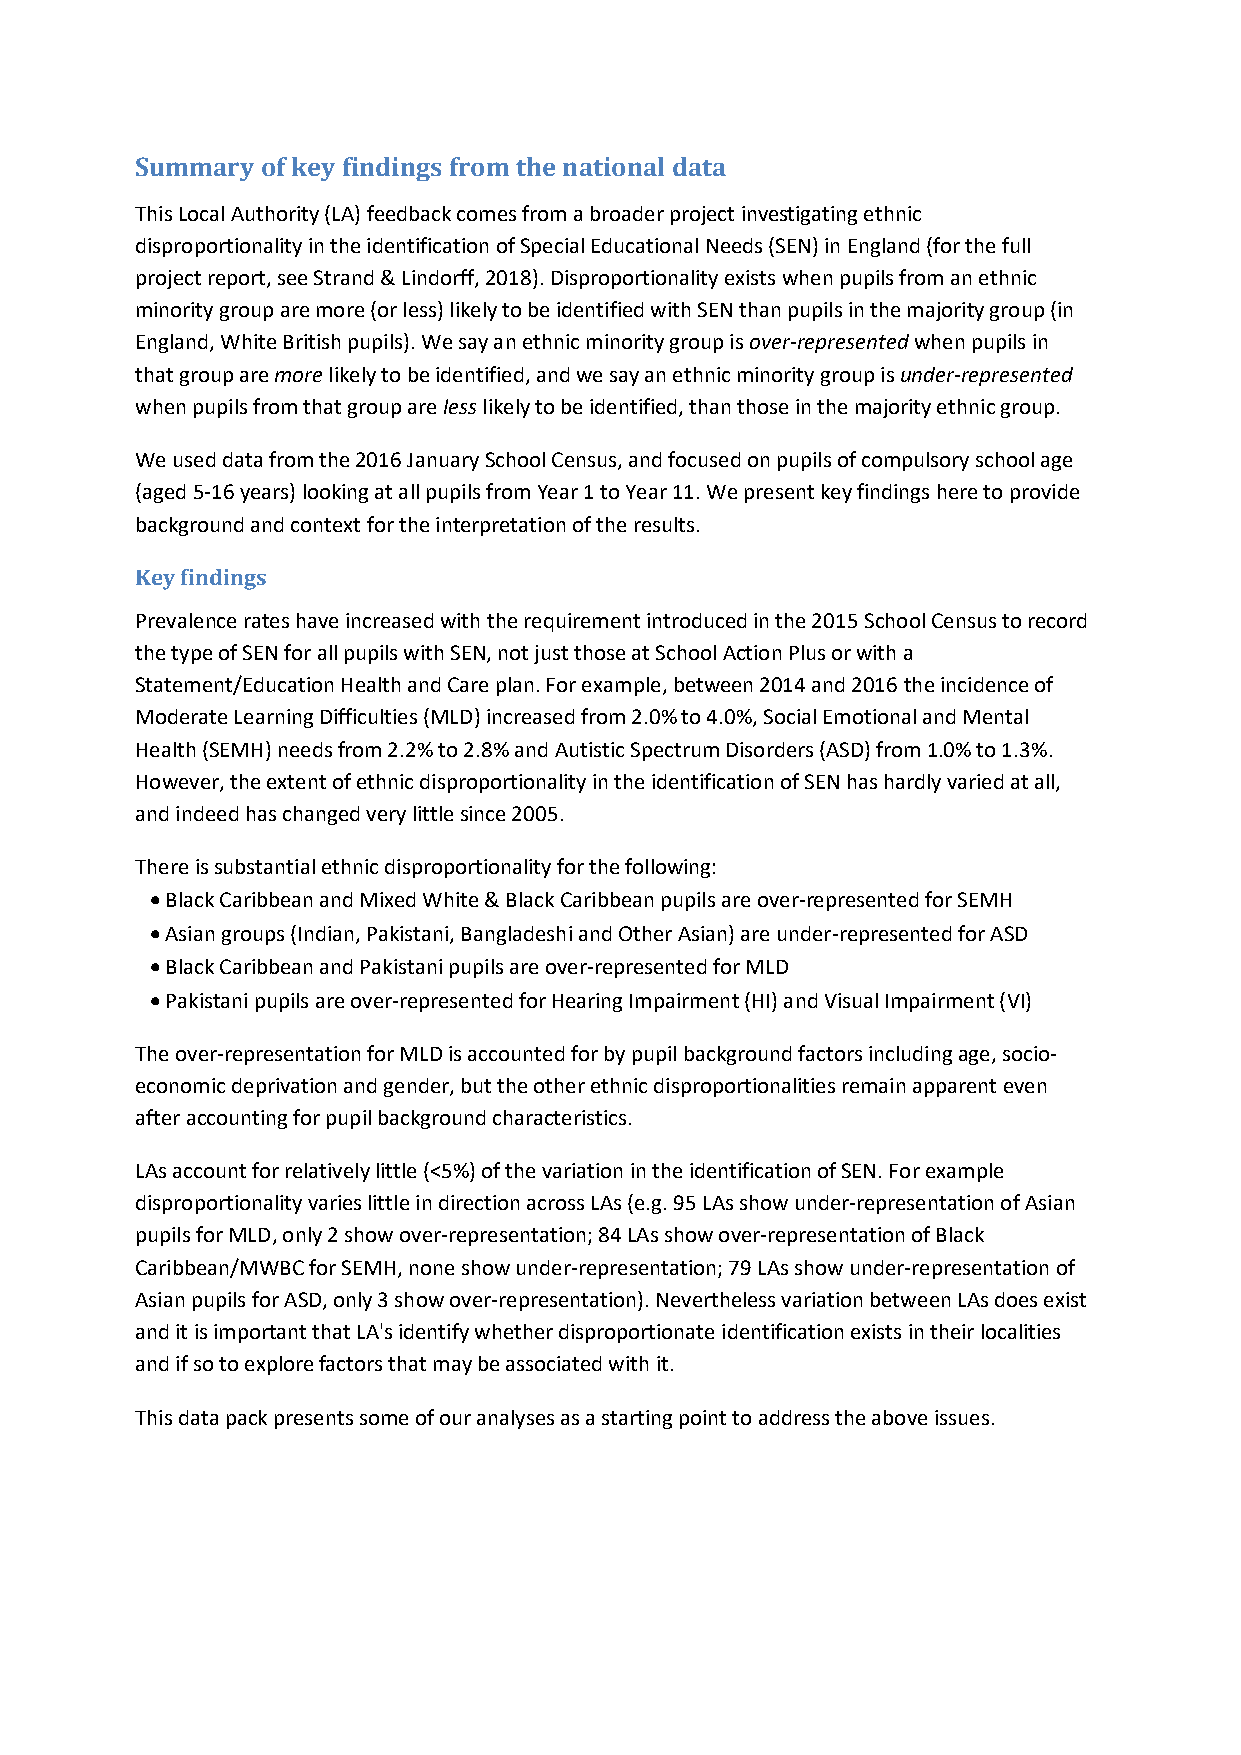
Summary of key findings from the national data
 This Local Authority (LA) feedback comes from a broader project investigating ethnic
 disproportionality in the identification of Special Educational Needs (SEN) in England (for the full
 project report, see Strand & Lindorff, 2018). Disproportionality exists when pupils from an ethnic
 minority group are more (or less) likely to be identified with SEN than pupils in the majority group (in
 England, White British pupils). We say an ethnic minority group is over-represented when pupils in
 that group are more likely to be identified, and we say an ethnic minority group is under-represented
 when pupils from that group are less likely to be identified, than those in the majority ethnic group.
 We used data from the 2016 January School Census, and focused on pupils of compulsory school age
 (aged 5-16 years) looking at all pupils from Year 1 to Year 11. We present key findings here to provide
 background and context for the interpretation of the results.
 Key findings
 Prevalence rates have increased with the requirement introduced in the 2015 School Census to record
 the type of SEN for all pupils with SEN, not just those at School Action Plus or with a
 Statement/Education Health and Care plan. For example, between 2014 and 2016 the incidence of
 Moderate Learning Difficulties (MLD) increased from 2.0% to 4.0%, Social Emotional and Mental
 Health (SEMH) needs from 2.2% to 2.8% and Autistic Spectrum Disorders (ASD) from 1.0% to 1.3%.
 However, the extent of ethnic disproportionality in the identification of SEN has hardly varied at all,
 and indeed has changed very little since 2005.
 There is substantial ethnic disproportionality for the following:
  Black Caribbean and Mixed White & Black Caribbean pupils are over-represented for SEMH
  Asian groups (Indian, Pakistani, Bangladeshi and Other Asian) are under-represented for ASD
  Black Caribbean and Pakistani pupils are over-represented for MLD
  Pakistani pupils are over-represented for Hearing Impairment (HI) and Visual Impairment (VI)
 The over-representation for MLD is accounted for by pupil background factors including age, socio-
 economic deprivation and gender, but the other ethnic disproportionalities remain apparent even
 after accounting for pupil background characteristics.
 LAs account for relatively little (<5%) of the variation in the identification of SEN. For example
 disproportionality varies little in direction across LAs (e.g. 95 LAs show under-representation of Asian
 pupils for MLD, only 2 show over-representation; 84 LAs show over-representation of Black
 Caribbean/MWBC for SEMH, none show under-representation; 79 LAs show under-representation of
 Asian pupils for ASD, only 3 show over-representation). Nevertheless variation between LAs does exist
 and it is important that LA's identify whether disproportionate identification exists in their localities
 and if so to explore factors that may be associated with it.
 This data pack presents some of our analyses as a starting point to address the above issues.